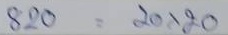
820 = 20x20